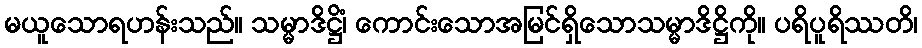
မယူသောရဟန်းသည်။ သမ္မာဒိဋ္ဌိံ၊ ကောင်းသောအမြင်ရှိသောသမ္မာဒိဋ္ဌိကို။ ပရိပူရိဿတိ၊